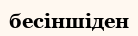
бесіншіден